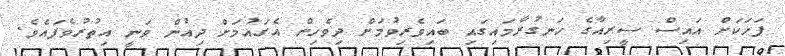
ފަހަކަށް އައިސް ސީރިއާގެ ހަނގުރާމައިގައި ބައިވެރިވުމަށް ދިވެހިން އެގައުމަށް ދިއުން ވަނީ އިތުރުވެފައެވެ.